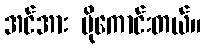
အင်အား ပိုကောင်းတယ်။